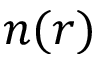
n ( r )